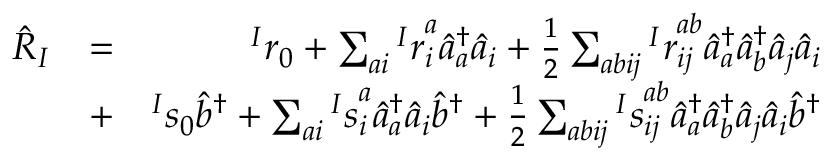
\begin{array} { r l r } { \hat { R } _ { I } } & { = } & { { ^ I r } _ { 0 } + \sum _ { a i } { ^ I r } _ { i } ^ { a } \hat { a } _ { a } ^ { \dagger } \hat { a } _ { i } + \frac { 1 } { 2 } \sum _ { a b i j } { ^ I r } _ { i j } ^ { a b } \hat { a } _ { a } ^ { \dagger } \hat { a } _ { b } ^ { \dagger } \hat { a } _ { j } \hat { a } _ { i } } \\ & { + } & { { ^ I s } _ { 0 } \hat { b } ^ { \dagger } + \sum _ { a i } { ^ I s } _ { i } ^ { a } \hat { a } _ { a } ^ { \dagger } \hat { a } _ { i } \hat { b } ^ { \dagger } + \frac { 1 } { 2 } \sum _ { a b i j } { ^ I s } _ { i j } ^ { a b } \hat { a } _ { a } ^ { \dagger } \hat { a } _ { b } ^ { \dagger } \hat { a } _ { j } \hat { a } _ { i } \hat { b } ^ { \dagger } } \end{array}